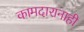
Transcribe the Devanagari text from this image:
कामदारानाही